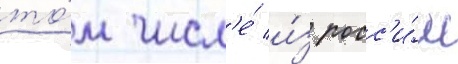
то́м числ'е́ и́з росс'и́и